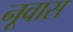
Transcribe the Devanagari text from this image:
नूवास